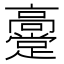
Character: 𬴞